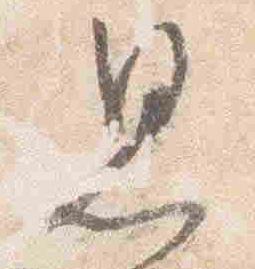
思